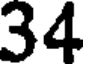
34